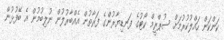
ކަންކަން ހައްލުކުރުމަށް ސުޕްރީމް ކޯޓުގެ ފަނޑިޔާރުންގެ ފަރާތުން އެއްބާރުލުން ނުލިބުމުން އެ ބޭފުޅުން